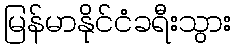
မြန်မာနိုင်ငံခရီးသွား